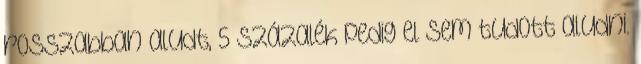
rosszabban aludt, 5 százalék pedig el sem tudott aludni.